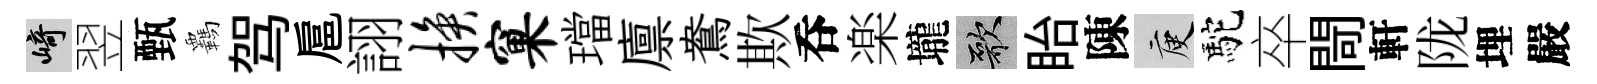
崎翌甄覊驾扈詡换窠璫廪鴦欺呑楽壠歌眙陳庾駝卒閜軒陇埋嚴